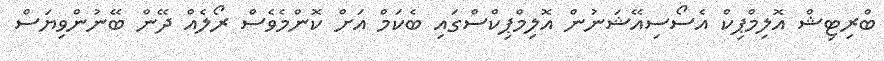
ބްރިޓިޝް އޮލިމްޕިކް އެސޯސިއޭޝަނުން އޮލިމްޕިކްސްގައި ބެކަމް އަށް ކޮންމެވެސް ރޯލެއް ދޭން ބޭނުންވިޔަސް